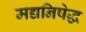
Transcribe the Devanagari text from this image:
मद्यनिषेद्ध